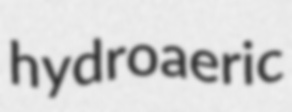
hydroaeric